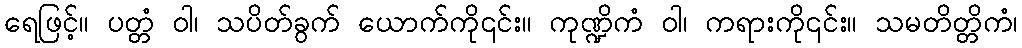
ရေဖြင့်။ ပတ္တံ ဝါ၊ သပိတ်ခွက် ယောက်ကို၎င်း။ ကုဏ္ဍိကံ ဝါ၊ ကရားကို၎င်း။ သမတိတ္တိကံ၊